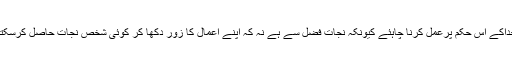
خداکے اس حکم پرعمل کرنا چاہئے کیونکہ نجات فضل سے ہے نہ کہ اپنے اعمال کا زور دکھا کر کوئی شخص نجات حاصل کرسکتا۔